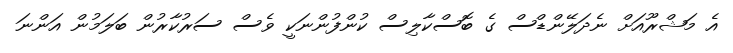
އެ މަޝްރޫއަށް ނެދަލޭންޑްސް ގެ ބޮސްކާލިސް ކުންފުންނަކީ ވެސް ސަރުކާރުން ބަލަމުން އަންނަ